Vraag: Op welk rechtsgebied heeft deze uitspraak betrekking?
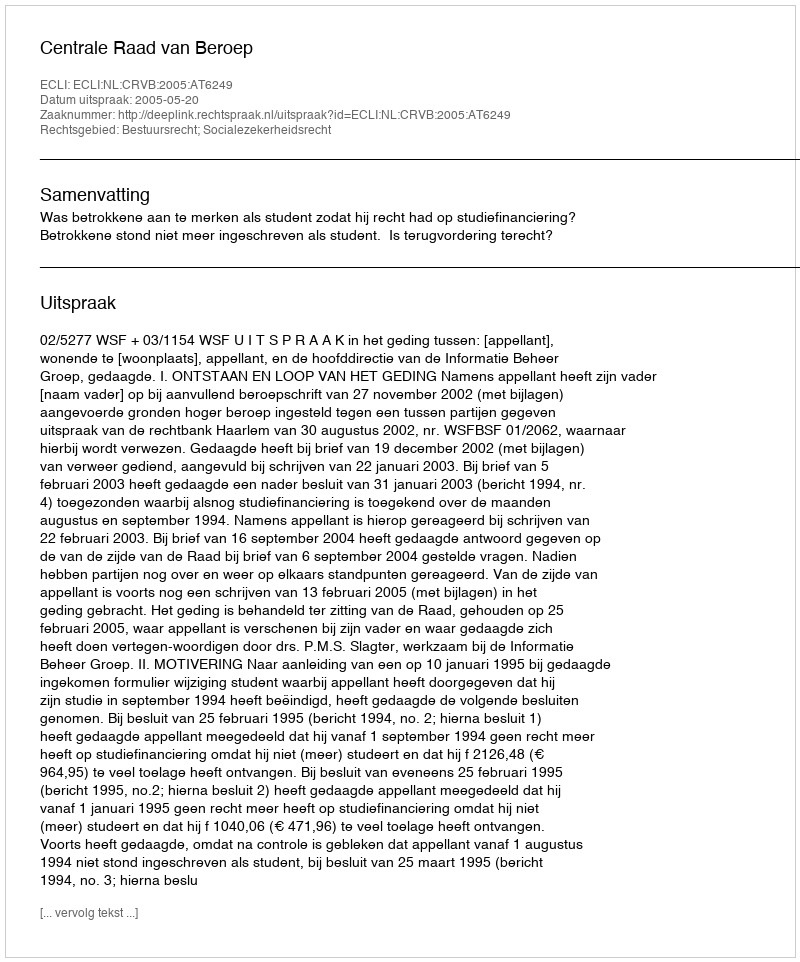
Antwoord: Bestuursrecht; Socialezekerheidsrecht